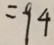
= 9 4